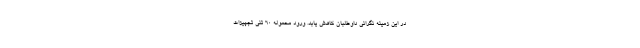
در این زمینه نگرانی داوطلبان کاهش یابد. ورود محموله 60 تنی تجهیزات